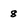
Character: 8